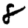
Digit: 8